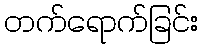
တက်ရောက်ခြင်း